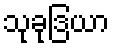
သုခုဒြယာ